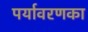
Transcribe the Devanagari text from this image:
पर्यावरणका